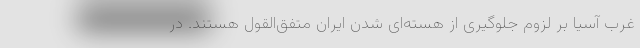
غرب آسیا بر لزوم جلوگیری از هسته‌ای شدن ایران متفق‌القول هستند. در